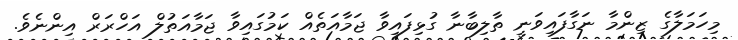
މިހަމަލާގެ ޒިންމާ ނަގާފައިވަނީ ތާލިބާނާ ގުޅިފައިވާ ޖަމާއަތެއް ކަމުގައިވާ ޖަމާއަތުލް އަހްރަރް އިންނެވެ.